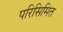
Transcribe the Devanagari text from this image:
परिसिमित